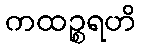
ကထဉ္စရဟိ